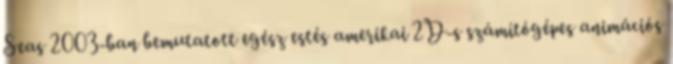
Seas 2003-ban bemutatott egész estés amerikai 2D-s számítógépes animációs